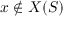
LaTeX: x \notin X ( S )